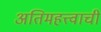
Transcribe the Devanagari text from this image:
अतिमहत्त्वाची